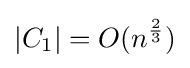
|C_{1}|=O(n^{\frac {2}{3}})